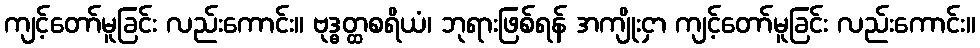
ကျင့်တော်မူခြင်း လည်းကောင်း။ ဗုဒ္ဓတ္ထစရိယံ၊ ဘုရားဖြစ်ရန် အကျိုးငှာ ကျင့်တော်မူခြင်း လည်းကောင်း။